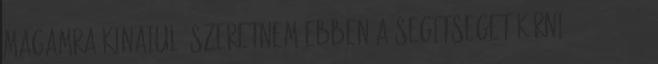
magamra kinaiul. szeretnem ebben a segitseget kérni . 2017.07.22.